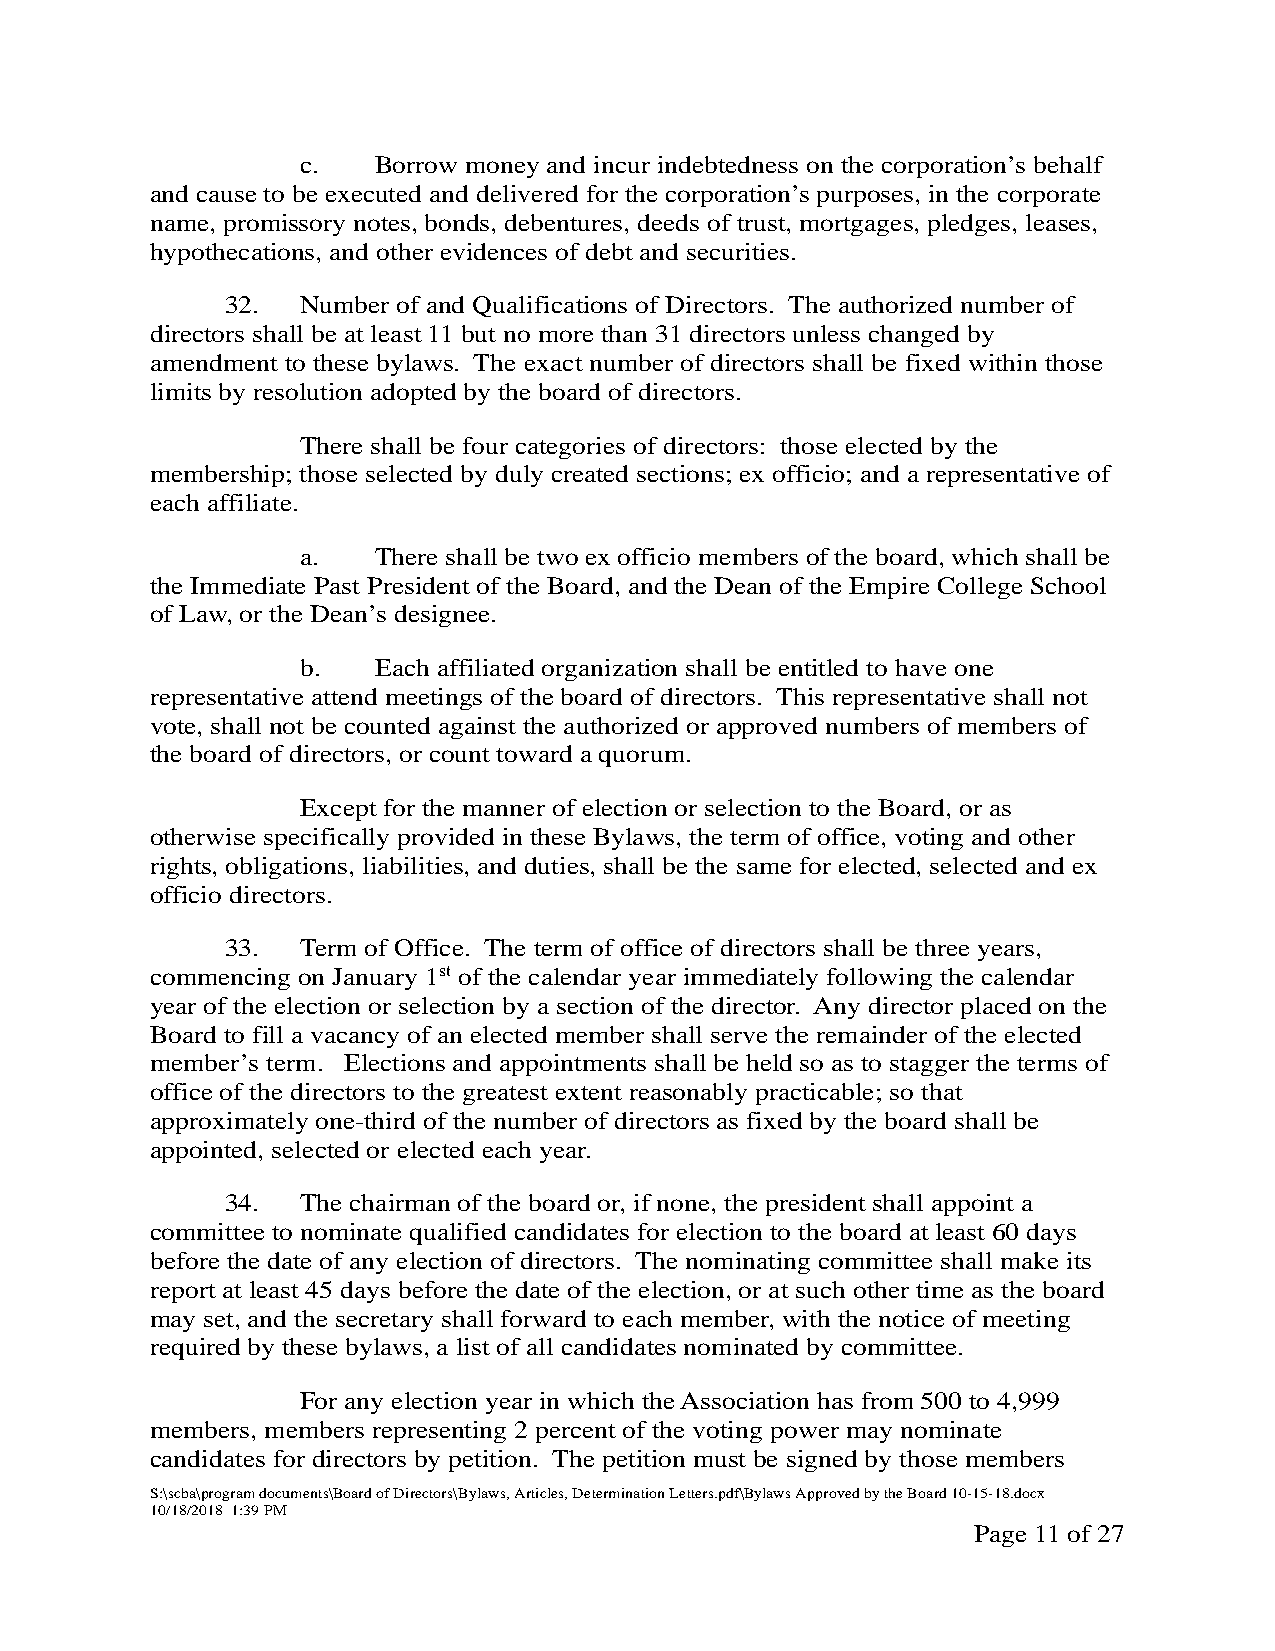
c.   Borrow money and incur indebtedness on the corporation’s behalf
 and cause to be executed and delivered for the corporation’s purposes, in the corporate
 name, promissory notes, bonds, debentures, deeds of trust, mortgages, pledges, leases,
 hypothecations, and other evidences of debt and securities.
 32.  Number of and Qualifications of Directors. The authorized number of
 directors shall be at least 11 but no more than 31 directors unless changed by
 amendment to these bylaws. The exact number of directors shall be fixed within those
 limits by resolution adopted by the board of directors.
 There shall be four categories of directors: those elected by the
 membership; those selected by duly created sections; ex officio; and a representative of
 each affiliate.
 a.   There shall be two ex officio members of the board, which shall be
 the Immediate Past President of the Board, and the Dean of the Empire College School
 of Law, or the Dean’s designee.
 b.   Each affiliated organization shall be entitled to have one
 representative attend meetings of the board of directors. This representative shall not
 vote, shall not be counted against the authorized or approved numbers of members of
 the board of directors, or count toward a quorum.
 Except for the manner of election or selection to the Board, or as
 otherwise specifically provided in these Bylaws, the term of office, voting and other
 rights, obligations, liabilities, and duties, shall be the same for elected, selected and ex
 officio directors.
 33.  Term of Office. The term of office of directors shall be three years,
 commencing on January 1st of the calendar year immediately following the calendar
 year of the election or selection by a section of the director. Any director placed on the
 Board to fill a vacancy of an elected member shall serve the remainder of the elected
 member’s term. Elections and appointments shall be held so as to stagger the terms of
 office of the directors to the greatest extent reasonably practicable; so that
 approximately one-third of the number of directors as fixed by the board shall be
 appointed, selected or elected each year.
 34.  The chairman of the board or, if none, the president shall appoint a
 committee to nominate qualified candidates for election to the board at least 60 days
 before the date of any election of directors. The nominating committee shall make its
 report at least 45 days before the date of the election, or at such other time as the board
 may set, and the secretary shall forward to each member, with the notice of meeting
 required by these bylaws, a list of all candidates nominated by committee.
 For any election year in which the Association has from 500 to 4,999
 members, members representing 2 percent of the voting power may nominate
 candidates for directors by petition. The petition must be signed by those members
 S:\scba\program documents\Board of Directors\Bylaws, Articles, Determination Letters.pdf\Bylaws Approved by the Board 10-15-18.docx
 10/18/2018 1:39 PM
 Page 11 of 27